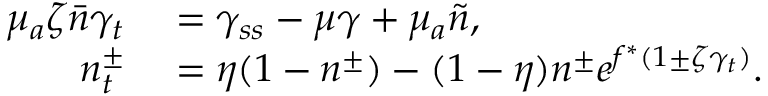
\begin{array} { r l } { \mu _ { a } \zeta \bar { n } \gamma _ { t } } & { { } = \gamma _ { s s } - \mu \gamma + \mu _ { a } \tilde { n } , } \\ { n _ { t } ^ { \pm } } & { { } = \eta ( 1 - n ^ { \pm } ) - ( 1 - \eta ) n ^ { \pm } e ^ { f ^ { \ast } ( 1 \pm \zeta \gamma _ { t } ) } . } \end{array}